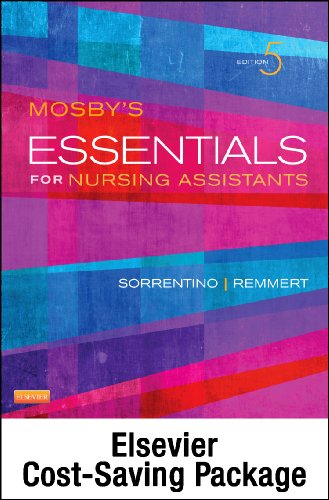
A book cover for Mosby's Essentials for Nursing Assistants - Text, Workbook and Mosby's Nursing Assistant Skills DVD - Student Version 4.0 Package, 5e; Sheila A. Sorrentino PhD  RN; Medical Books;